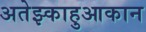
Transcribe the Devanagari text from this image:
अतेझ्काहुआकान